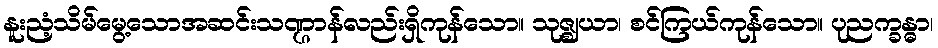
နူးညံ့သိမ်မွေ့သောအဆင်းသဏ္ဌာန်လည်းရှိကုန်သော။ သုဇ္ဈယာ၊ စင်ကြယ်ကုန်သော။ ပုညက္ခန္ဓာ၊